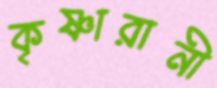
কৃষ্ণারানী